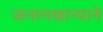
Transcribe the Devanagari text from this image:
जनानखान्याने